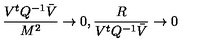
\frac { V ^ { t } { Q } ^ { - 1 } \bar { V } } { M ^ { 2 } } \to 0 , \frac { R } { V ^ { t } { Q } ^ { - 1 } \bar { V } } \to 0